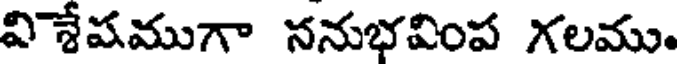
విశేషముగా ననుభవింప గలము.